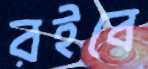
রইবে